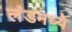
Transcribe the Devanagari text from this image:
लंडमध्ये